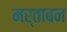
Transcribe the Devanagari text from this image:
मर्ताबन